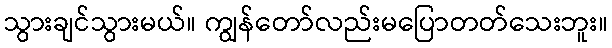
သွားချင်သွားမယ်။ ကျွန်တော်လည်းမပြောတတ်သေးဘူး။